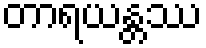
တာရယန္တဿ